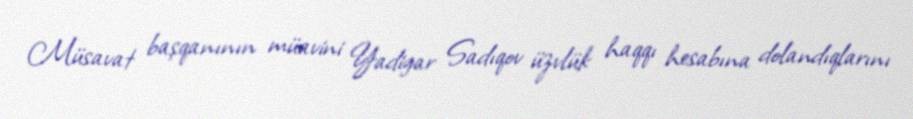
Müsavat başqanının müavini Yadigar Sadıqov üzvlük haqqı hesabına dolandıqlarını